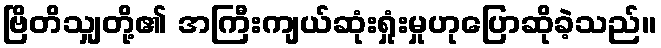
ဗြိတိသျှတို့၏ အကြီးကျယ်ဆုံးရှုံးမှုဟုပြောဆိုခဲ့သည်။